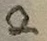
Text: 2